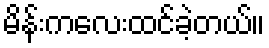
မိန်းကလေးထင်ခဲ့တယ်။